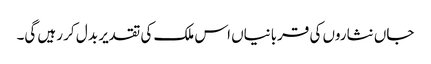
جاں نثاروں کی قربانیاں اس ملک کی تقدیر بد ل کر رہیں گی۔